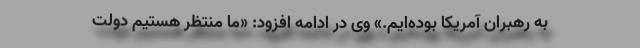
به رهبران آمریکا بوده‌ایم.» وی در ادامه افزود: «ما منتظر هستیم دولت